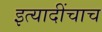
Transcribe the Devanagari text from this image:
इत्यादींचाच